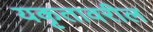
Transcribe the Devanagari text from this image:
यकृतावरील